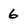
Character: 6